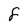
Character: f